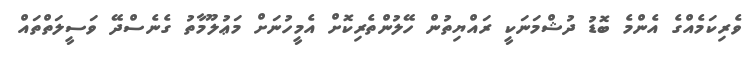
ވެރިކަމެއްގެ އެންމެ ބޮޑު ދުޝްމަނަކީ ރައްޔިތުން ހޭލުންތެރިކޮށް އެމީހުނަށް މަޢުލޫމާތު ގެނެސްދޭ ވަސީލަތްތައް